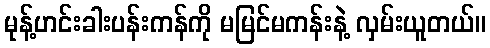
မုန့်ဟင်းခါးပန်းကန်ကို မမြင်မကန်းနဲ့ လှမ်းယူတယ်။